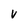
Character: V